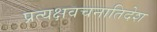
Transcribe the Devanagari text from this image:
प्रत्यक्षवचनातिदेश